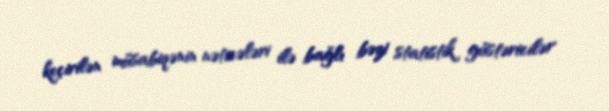
keçirilən müsabiqənin nəticələri ilə bağlı bəzi statistik göstəricilər